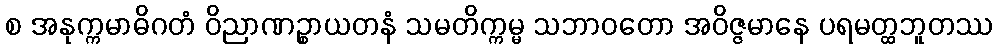
စ အနုက္ကမာဓိဂတံ ဝိညာဏဉ္စာယတနံ သမတိက္ကမ္မ သဘာဝတော အဝိဇ္ဇမာနေ ပရမတ္ထဘူတဿ